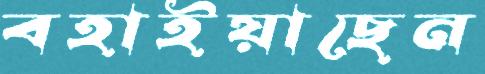
বহাইয়াছেন